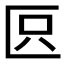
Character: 𠤴